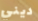
ديني